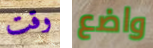
وقت واضع